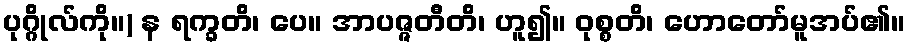
ပုဂ္ဂိုလ်ကို။) န ရက္ခတိ၊ ပေ။ အာပဇ္ဇတီတိ၊ ဟူ၍။ ဝုစ္စတိ၊ ဟောတော်မူအပ်၏။